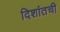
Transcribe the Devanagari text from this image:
दिशांतची